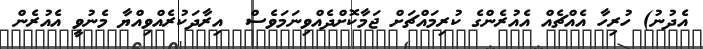
އެދުނު) ހުރިހާ އެއްޗެއް އެއުރެންގެ ކުރިމައްޗަށް ޖަމާކޮށްދެއްވިނަމަވެސް  އިރާދަކުރެއްވިއްޔާ މެނުވީ އެއުރެން